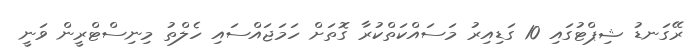
ރޭގަނޑު ޝިޕްޓުގައި 10 ގަޑިއިރު މަސައްކަތްކުރާ ގޮތަށް ހަމަޖައްސައި ހެލްތު މިނިސްޓްރީން ވަނީ